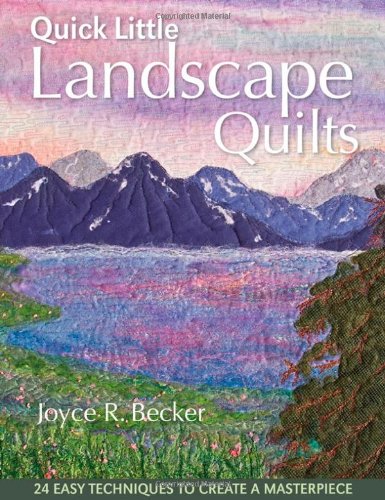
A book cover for Quick Little Landscape Quilts: 24 Easy Techniques to Create a Materpiece; Joyce Becker; Crafts, Hobbies & Home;